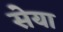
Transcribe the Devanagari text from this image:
सेया